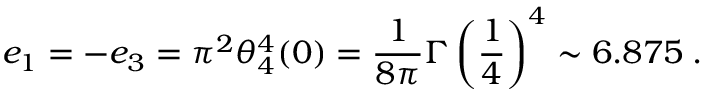
e _ { 1 } = - e _ { 3 } = \pi ^ { 2 } \theta _ { 4 } ^ { 4 } ( 0 ) = \frac { 1 } { 8 \pi } \Gamma \left( \frac { 1 } { 4 } \right) ^ { 4 } \sim 6 . 8 7 5 \; .